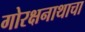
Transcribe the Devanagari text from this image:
गोरक्षनाथाचा